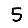
Digit: 5